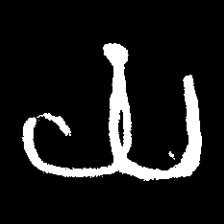
Pyu character \u2014 Myanmar letter: ယ (romanized: ya)